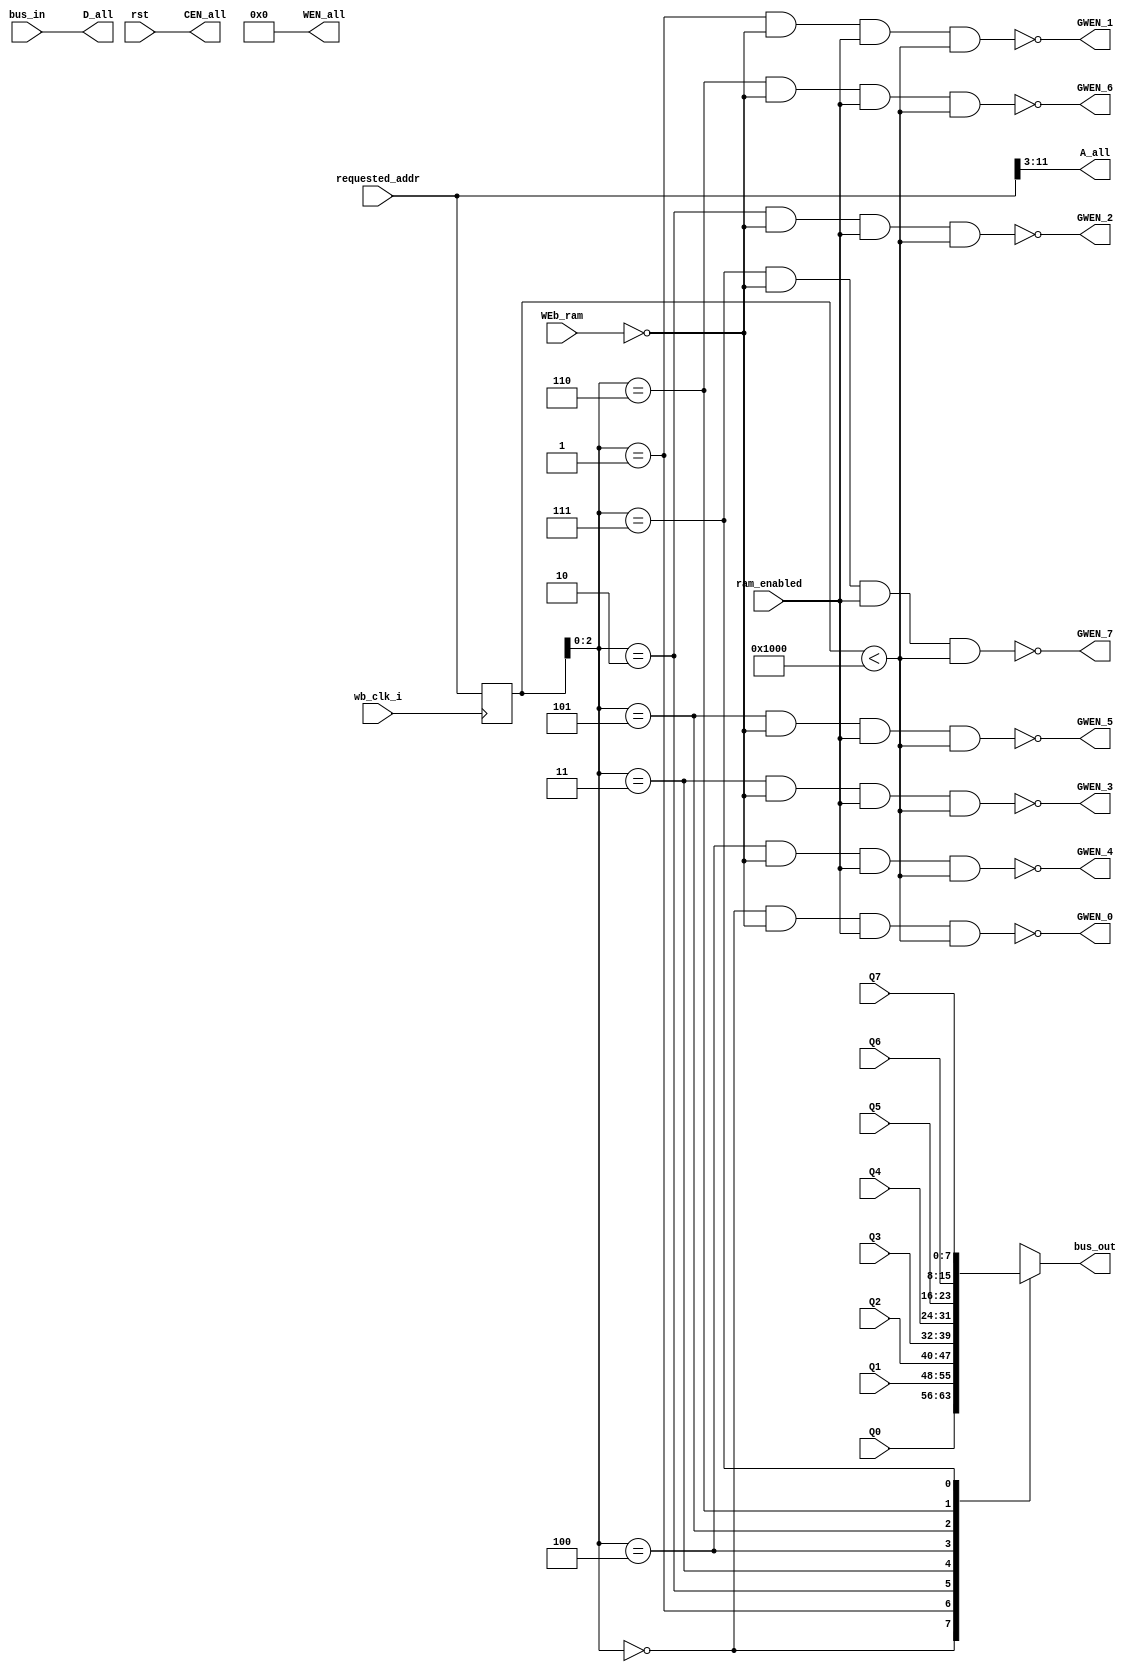
module ram_controller(
`ifdef USE_POWER_PINS
	inout vdd,
	inout vss,
`endif
	input wb_clk_i,
	input rst,
	input WEb_ram,
	input [15:0] requested_addr,
	input [7:0] bus_in,
	output [7:0] bus_out,
	input ram_enabled,
	
	output CEN_all,
	output [7:0] WEN_all,
	output [8:0] A_all,
	output [7:0] D_all,
	
	output GWEN_0,
	output GWEN_1,
	output GWEN_2,
	output GWEN_3,
	output GWEN_4,
	output GWEN_5,
	output GWEN_6,
	output GWEN_7,
	
	input [7:0] Q0,
	input [7:0] Q1,
	input [7:0] Q2,
	input [7:0] Q3,
	input [7:0] Q4,
	input [7:0] Q5,
	input [7:0] Q6,
	input [7:0] Q7
);

reg [15:0] requested_addr_latch;
always @(posedge wb_clk_i) begin
	requested_addr_latch <= requested_addr;
end

assign CEN_all = rst;
assign WEN_all = 8'h00;
assign A_all = requested_addr[11:3];
assign D_all = bus_in;

wire in_range = requested_addr_latch < 4096;
assign GWEN_0 = !(requested_addr_latch[2:0] == 3'b000 && !WEb_ram && ram_enabled && in_range);
assign GWEN_1 = !(requested_addr_latch[2:0] == 3'b001 && !WEb_ram && ram_enabled && in_range);
assign GWEN_2 = !(requested_addr_latch[2:0] == 3'b010 && !WEb_ram && ram_enabled && in_range);
assign GWEN_3 = !(requested_addr_latch[2:0] == 3'b011 && !WEb_ram && ram_enabled && in_range);
assign GWEN_4 = !(requested_addr_latch[2:0] == 3'b100 && !WEb_ram && ram_enabled && in_range);
assign GWEN_5 = !(requested_addr_latch[2:0] == 3'b101 && !WEb_ram && ram_enabled && in_range);
assign GWEN_6 = !(requested_addr_latch[2:0] == 3'b110 && !WEb_ram && ram_enabled && in_range);
assign GWEN_7 = !(requested_addr_latch[2:0] == 3'b111 && !WEb_ram && ram_enabled && in_range);

reg [7:0] curr_Q;
always @(*) begin
	case(requested_addr_latch[2:0])
		0: curr_Q = Q0;
		1: curr_Q = Q1;
		2: curr_Q = Q2;
		3: curr_Q = Q3;
		4: curr_Q = Q4;
		5: curr_Q = Q5;
		6: curr_Q = Q6;
		7: curr_Q = Q7;
	endcase
end
assign bus_out = curr_Q;

endmodule